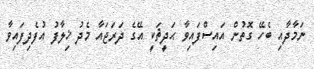
ނަމާދާއި ބެހޭ ގޮތުން އައިސްފައިވާ ޙަދީޘަކީ އޭގެ ދަރަޖައާ މެދު ޚިލާފު އުފެދިފައިވާ